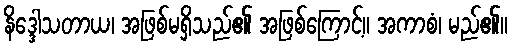
နိဒ္ဒေါသတာယ၊ အဖြစ်မရှိသည်၏ အဖြစ်ကြောင့်။ အကာစံ၊ မည်၏။